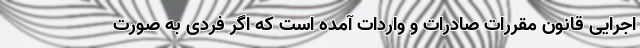
اجرایی قانون مقررات صادرات و واردات آمده است که اگر فردی به صورت